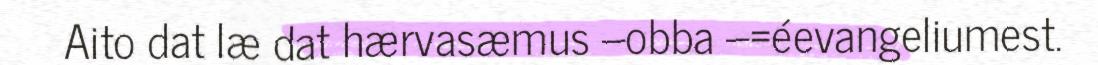
Aito dat læ dat hærvasæmus –obba –=éevangeliumest.